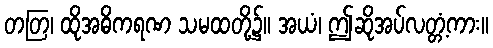
တတြ၊ ထိုအဓိကရဏ သမထတို့၌။ အယံ၊ ဤဆိုအပ်လတ္တံ့ကား။